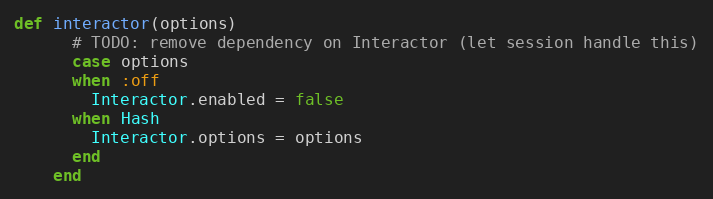
Language: Ruby
def interactor(options)
      # TODO: remove dependency on Interactor (let session handle this)
      case options
      when :off
        Interactor.enabled = false
      when Hash
        Interactor.options = options
      end
    end